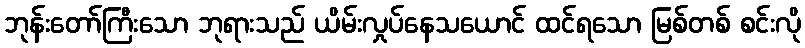
ဘုန်းတော်ကြီးသော ဘုရားသည် ယိမ်းလှုပ်နေသယောင် ထင်ရသော မြစ်တစ် စင်းလို